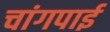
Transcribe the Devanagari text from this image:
चांगपाई